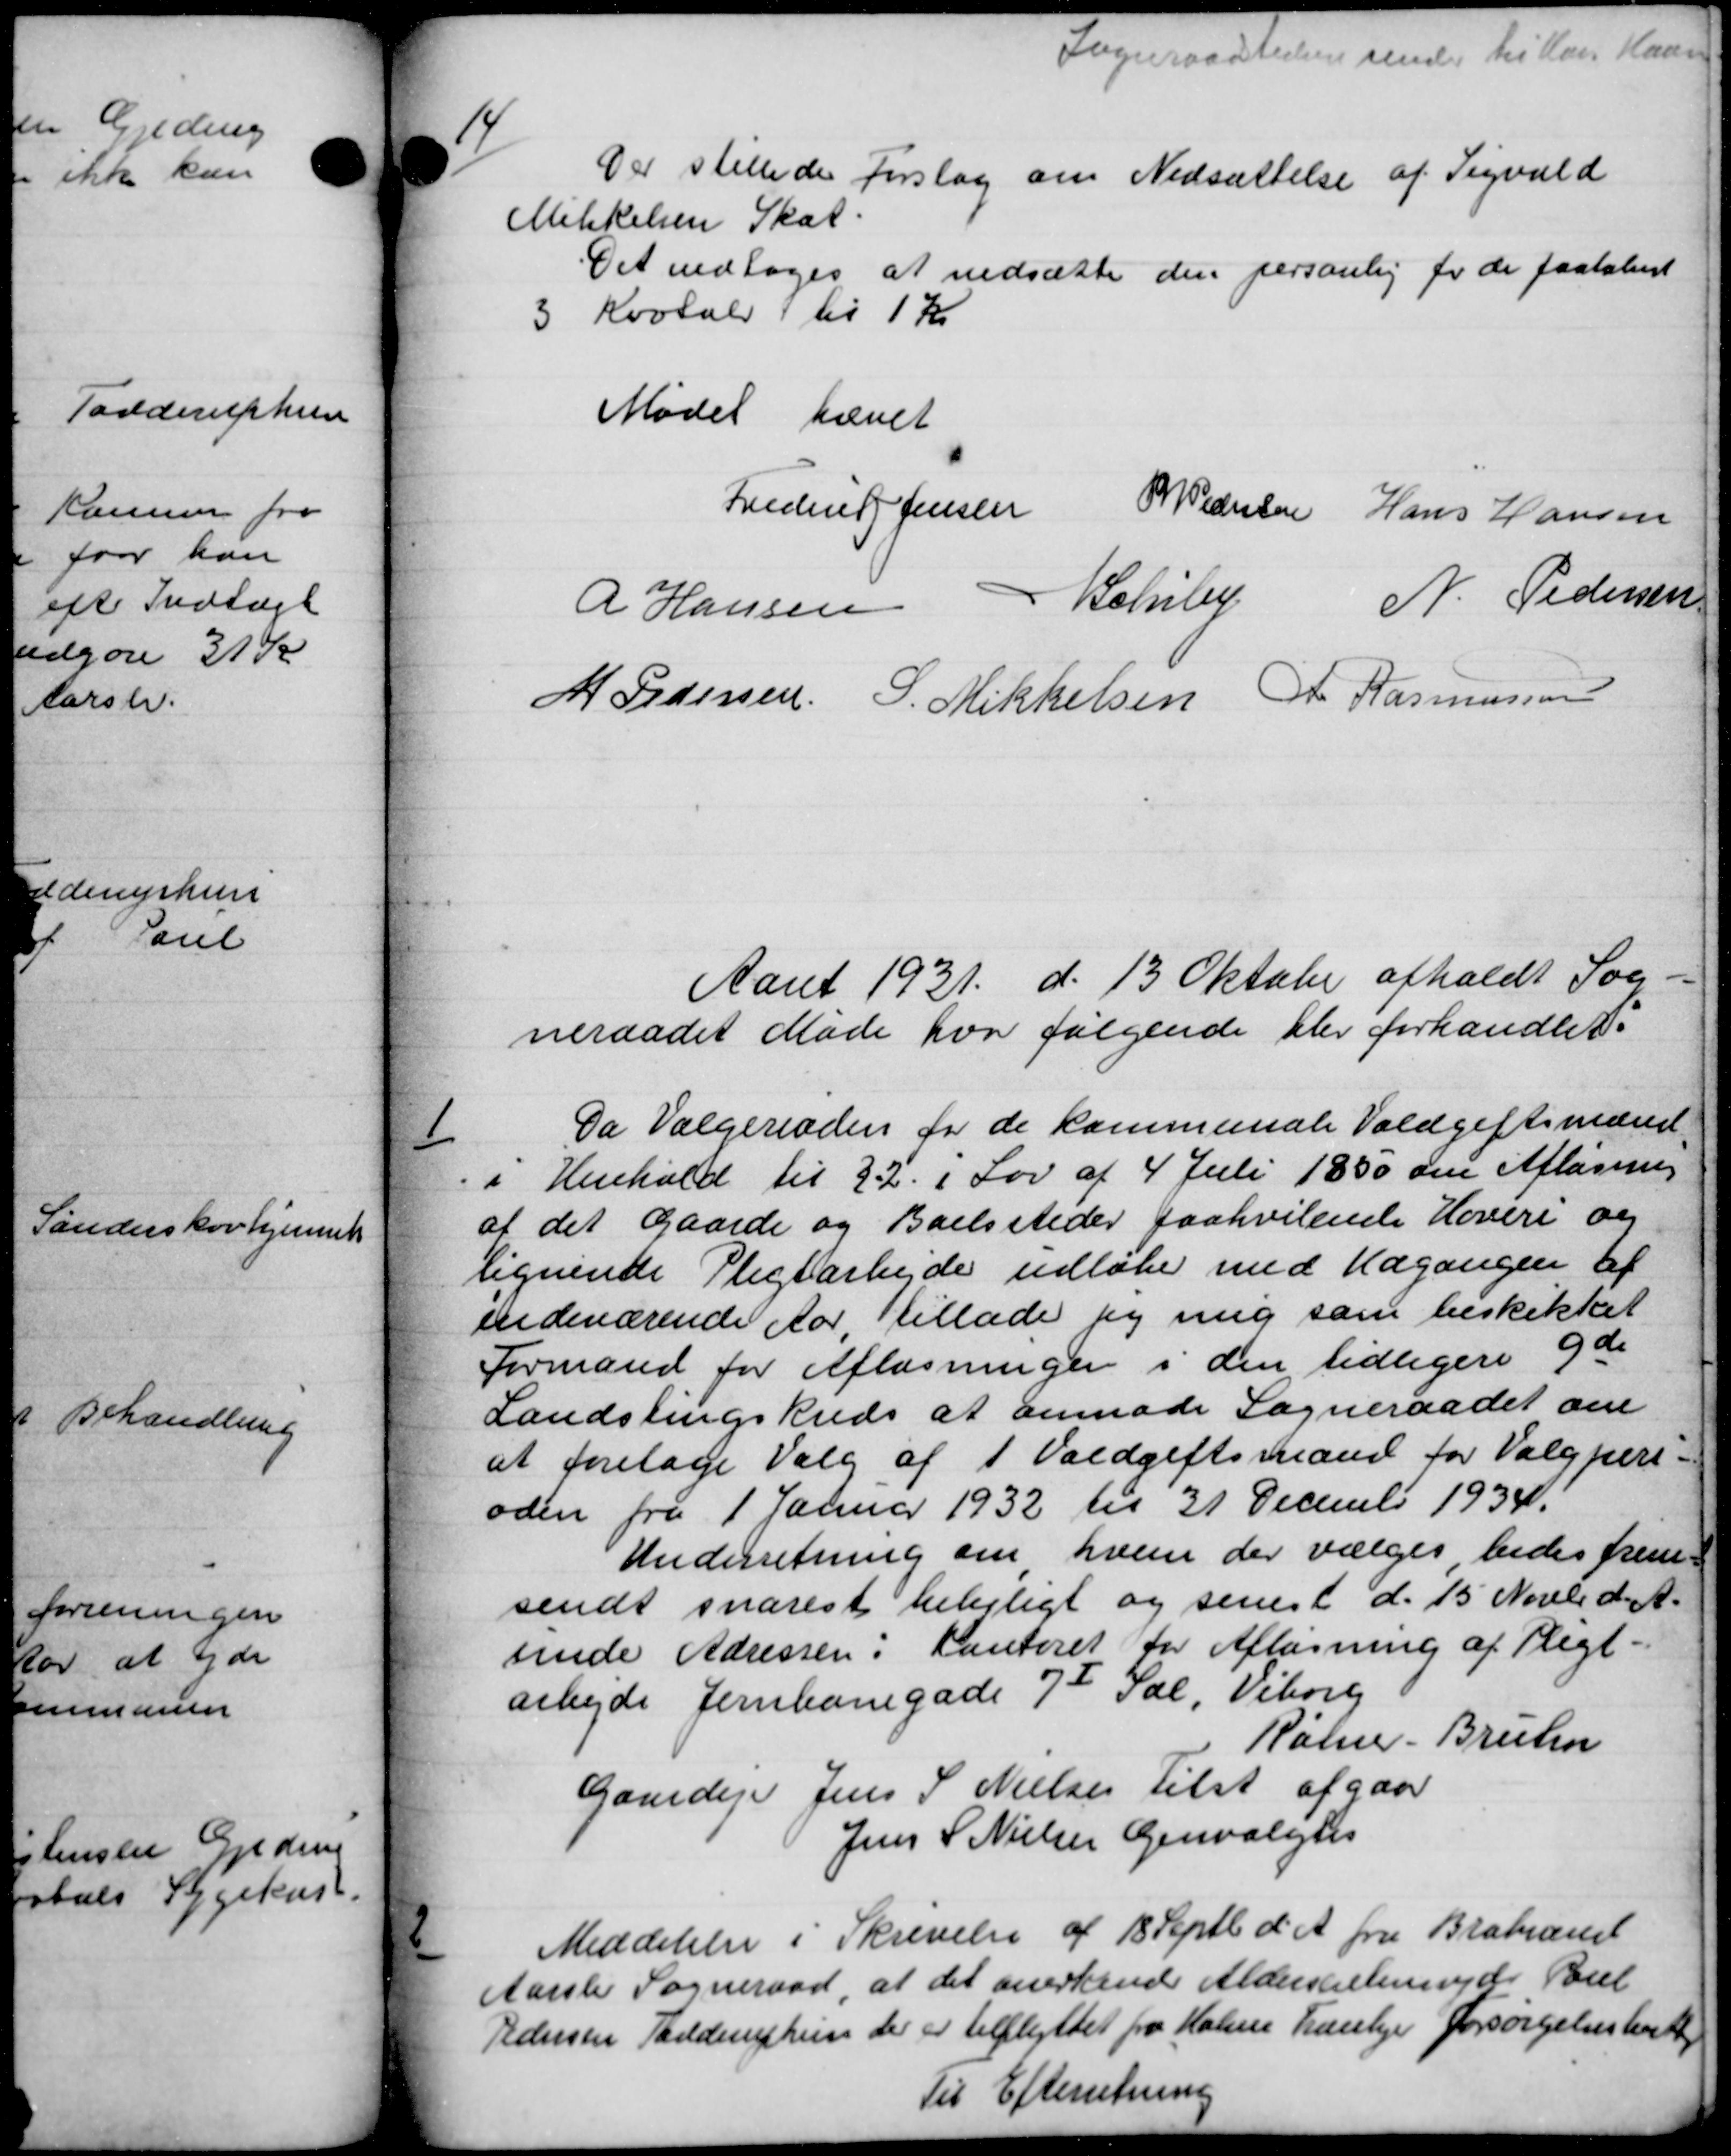
Transskription:
Sogneraadsteden sende til han Haan
14
Der stillede Forslag om Nedsættelse af Sigvald
Mikkelsen Skat
Det vedtoges at nedsætte den personlig for de paatalest
3 Kvotal til 1 Kr
Mødet hævet
Frederik Jensen P Pedersen Hans Hansen
SSchiby
N. Pedersen
R Hansen
M Pedersen S. Mikkelsen A Rasmussen
Aaret 1931 d. 13 Oktober afholdt Sog
neraadet Møde hvor følgende blev forhandlet:

Da Vælgerinden for de kommunale Voldgiftsmænd
i Henhold til 22. i Lov af 4 Juli 1850 om Afløsning
af det gaarde og Boelssteder paahvilende Hoveri og
lignende Pligtarbejde udløbe med Udgangen af
endeværende Aar, tillade jeg mig som beskikket
Formand for Afløsningen i den tidligere yde
Landstingskreds at anmode Sogneraadet om
at foretage Valg af 1 Voldgiftsmand for Valgpers-
oden fra 1 Januar 1932 til 31 December 1934.
Underretning om hvem der vælges, bedes frem-
sendt snarest belejligt og senest d. 15 Novbr d. A.
siende Adressen. Kontoret for Afløsning af Pligt-
arbejde Jernbanegade 7d Sal, Viborg
Ralm. Bruhn
Gaardejer Jens S Nielsen tilst afgaar
Jens S. Nielsen Genvalgtes

Meddelelse i Skrivelse af 18 Septb d. A. fra Brabrant
Aarslev Sogneraad at det anerkende Aldersrentninger Bel
Pedersen Tandemphun der er tilflyttet fra Holme hanlige Forsørgelsesberett
Til Efterretning